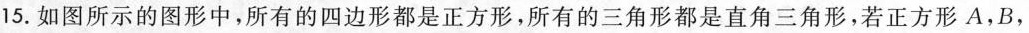
15.如图所示的图形中，所有的四边形都是正方形，所有的三角形都是直角三角形，若正方形A，B，